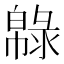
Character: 𢅞